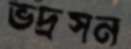
ভদ্রসন